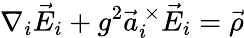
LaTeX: \nabla_{i}\vec{E}_{i}+g^{2}\vec{a}_{i}^{\ \times}\vec{E}_{i}=\vec{\rho}